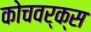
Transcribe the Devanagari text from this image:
कोचवर्क्स